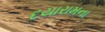
દયારામના